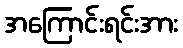
အကြောင်းရင်းအား